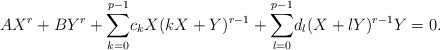
\begin{align*} AX^r+BY^r+\underset{k=0}{\overset{p-1}{\sum}}c_kX(kX+Y)^{r-1}+\underset{l=0}{\overset{p-1}\sum}d_l(X+lY)^{r-1}Y=0. \end{align*}